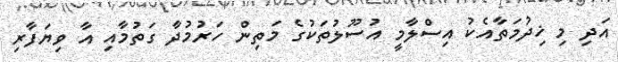
އަދި މި ޚިދުމަތާއެކު އިސްލާމީ އުސޫލުތަކުގެ މަތިން ހަރުމުދާ ގަތުމާއި އާ ވިޔަފާރި